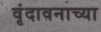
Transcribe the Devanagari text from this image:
वृंदावनाच्या